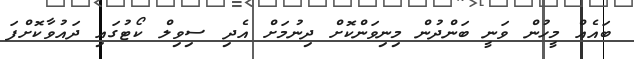
ބައެއް މީހުން ވަނީ ބަންދުން މިނިވަންކޮށް ދިނުމަށް އެދި ސިވިލް ކޯޓުގައި ދައުވާކޮށްފަ